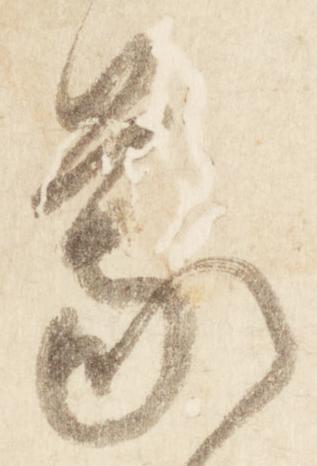
蒙